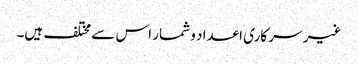
غیر سر کاری اعداد و شمار اس سے مختلف ہیں۔